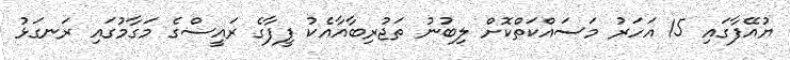
ޔުއޭފާގައި 15 އަހަރު މަސައްކަތްކޮށް ލިބުނު ތަޖުރިބާއާއެކު ފީފާގެ ރައީސްގެ މަގާމުގައި ރަނގަޅު